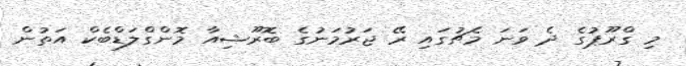
މި ގްރޫޕުގެ ދެ ވަނަ މެޗުގައި ރޭ ޖަރުމަނުގެ ބޮރޫޝިއާ މޮންގްލަޑްބެކް އަތުން